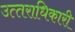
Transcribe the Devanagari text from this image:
उत्‍तराधिकारी